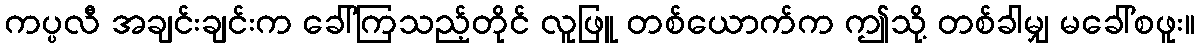
ကပ္ပလီ အချင်းချင်းက ခေါ်ကြသည့်တိုင် လူဖြူ တစ်ယောက်က ဤသို့ တစ်ခါမျှ မခေါ်စဖူး။